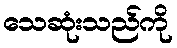
သေဆုံးသည်ကို